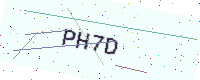
Text: PH7D